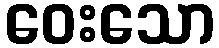
ဝေးသော